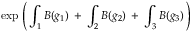
\exp \, \left( \, \int _ { 1 } { \cal B } ( g _ { 1 } ) \: + \: \int _ { 2 } { \cal B } ( g _ { 2 } ) \: + \: \int _ { 3 } { \cal B } ( g _ { 3 } ) \, \right)